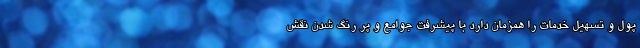
پول و تسهیل خدمات را همزمان دارد با پیشرفت جوامع و پر رنگ شدن نقش